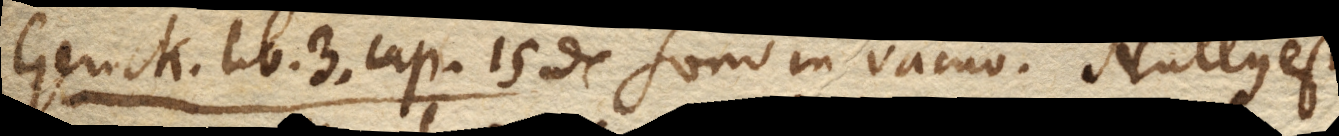
Gerick. lib. 3. cap. 15 De Sono in vacuo. Nullus est